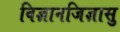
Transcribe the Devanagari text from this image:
विज्ञानजिज्ञासु